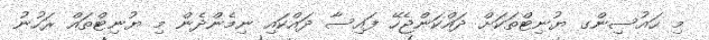
މި ހައުސިންގ ޔުނިޓްތަކަށް ދައްކަންޖެހޭ ފައިސާ ދައްކައި ނިމެންދެން މި ޔުނިޓްތައް ރަހުނު